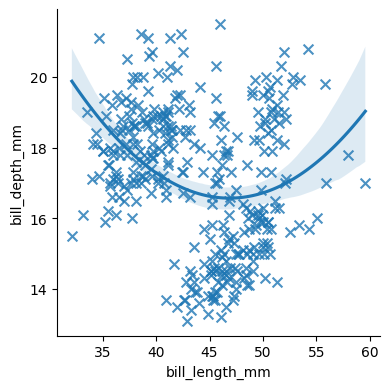
python, seaborn, lmplot, aspect=1.0, order=2, markers='x'